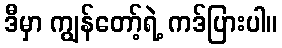
ဒီမှာ ကျွန်တော့်ရဲ့ ကဒ်ပြားပါ။